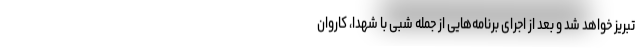
تبریز خواهد شد و بعد از اجرای برنامه‌هایی از جمله شبی با شهدا، کاروان